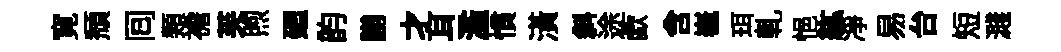
寛頽囘類襜芙煦廻韵謭才耳濫慣潢斜途歔含嶻珥軋悒紘凈易台短濺